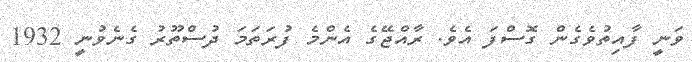
ވަނީ ފާއިތުވެގެން ގޮސްފަ އެވެ. ރާއްޖޭގެ އެންމެ ފުރަތަމަ ދުސްތޫރު ގެނެވުނީ 1932